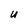
Character: u